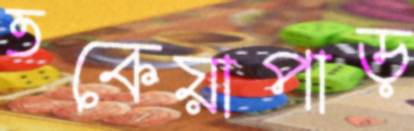
তকেয়াপাড়